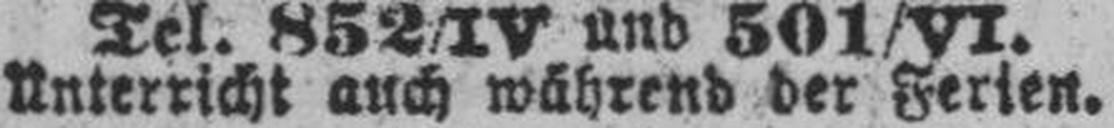
Unterricht auch während der Ferien.